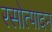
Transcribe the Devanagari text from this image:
रसोत्पादन